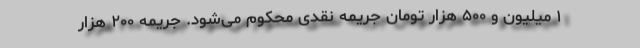
۱ میلیون و ۵۰۰ هزار تومان جریمه نقدی محکوم می‌شود. جریمه ۲۰۰ هزار